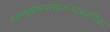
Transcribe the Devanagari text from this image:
महासुखाश्रयसहजांनदप्रदायिका